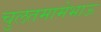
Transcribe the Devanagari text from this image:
चुलतमामेभाऊ